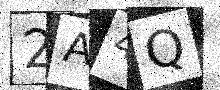
Text: 2A4Q